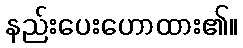
နည်းပေးဟောထား၏။